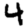
Digit: 4